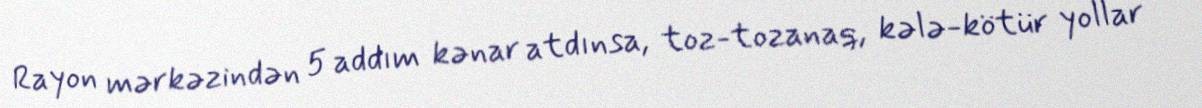
Rayon mərkəzindən 5 addım kənar atdınsa, toz-tozanaq, kələ-kötür yollar